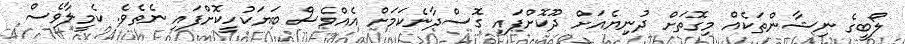
ލޯބީގެ ނިޝާންތަކެއް މިގޮތަށް ދުނިޔެއަށް ދޫކޮށްފައި ގޮސްދާނެކަމަށް އެއްވެސް ބަޔަކުހީކޮށްފައި ނެތެވެ. ކެމީލާވެސް